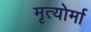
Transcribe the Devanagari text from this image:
मृत्योर्मा